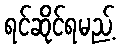
ရင်ဆိုင်ရမည့်